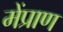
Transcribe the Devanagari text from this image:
मेंप्राण